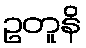
ဥတူနိ